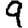
Digit: 9